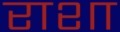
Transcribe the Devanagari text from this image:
राशा